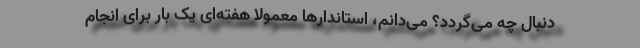
دنبال چه می‌گردد؟ می‌دانم، استاندارها معمولا هفته‌ای یک بار برای انجام